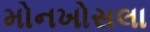
મોનખોસલા